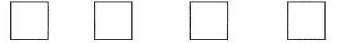
$$\Box \Box \Box \Box $$